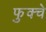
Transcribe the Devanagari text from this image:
फुक्चे